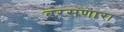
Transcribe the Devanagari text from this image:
बरसणारा